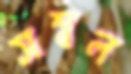
সম্বল